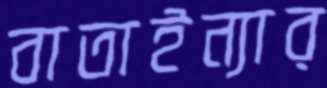
বাতাইন্যার